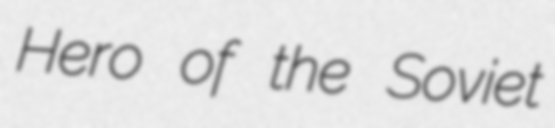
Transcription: Hero of the Soviet